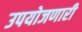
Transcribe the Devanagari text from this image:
उपयोजणारी